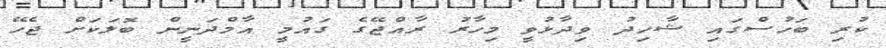
ކުރި ބަހުސްގައި ޝާހިދު ވިދާޅުވީ މިހާރު ރާއްޖޭގެ ގައުމީ އާމްދަނީން ބޮލަކަށް ޖެހޭ